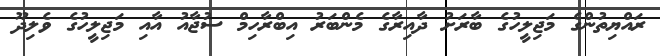
ރައްޔިތުންގެ މަޖިލީހުގެ ބާރަށު ދާއިރާގެ މެންބަރު އިބްރާހިމް ސުޖާއު އާއި މަޖިލީހުގެ ވެލިދޫ